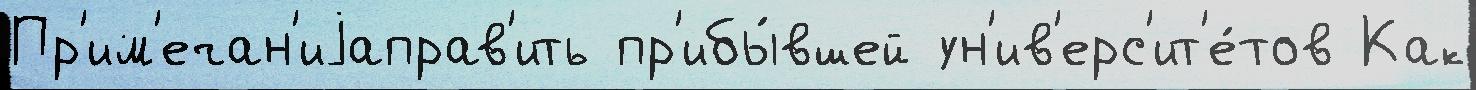
Пр'им'ечан'иjаправ'ить пр'ибы́вшей ун'ив'ерс'ит'е́тов Как